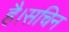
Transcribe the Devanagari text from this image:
है।सचिन